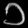
Digit: ၁